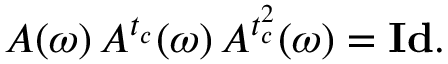
A ( \omega ) \, A ^ { t _ { c } } ( \omega ) \, A ^ { t _ { c } ^ { 2 } } ( \omega ) = { \bf I d } .